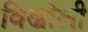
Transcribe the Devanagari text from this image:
विख्रोली